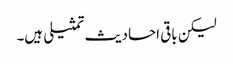
لیکن باقی احادیث تمثیلی ہیں۔